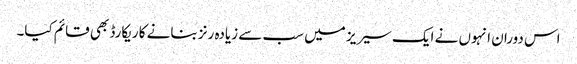
اس دوران انہوں نے ایک سیریز میں سب سے زیادہ رنز بنانے کا ریکارڈ بھی قائم کیا۔